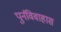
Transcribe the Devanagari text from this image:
पुर्नविवाहास